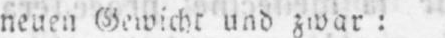
neuen Gewicht und zwar: